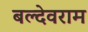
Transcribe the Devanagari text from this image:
बल्देवराम